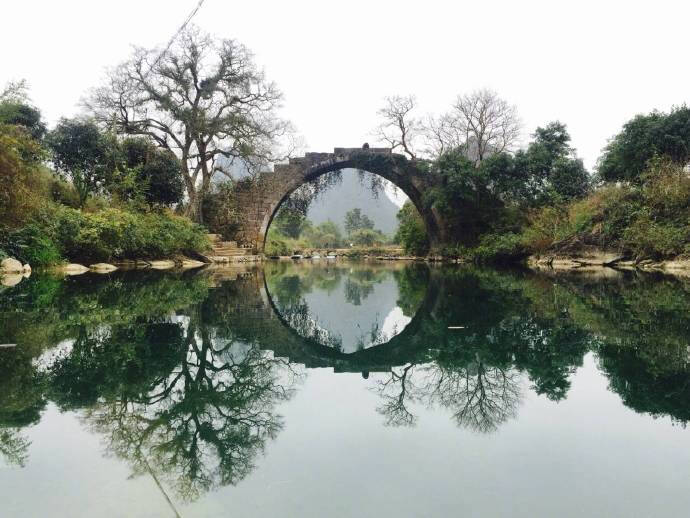
平岸小桥千嶂抱。柔蓝一水萦花草。